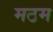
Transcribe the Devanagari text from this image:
मठम